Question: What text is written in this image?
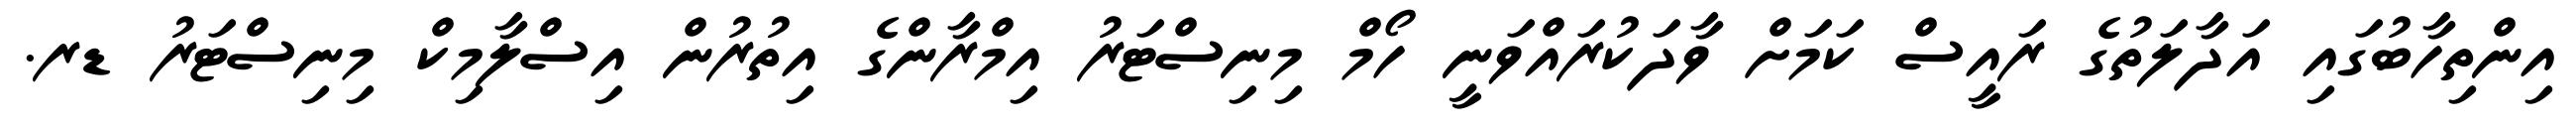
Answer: އިންތިހާބުގައި އަދާލަތުގެ ރައީސް ކަމަށް ވާދަކުރައްވަނީ ހޯމް މިނިސްޓަރު އިމްރާންގެ އިތުރުން އިސްލާމިކް މިނިސްޓަރު ޑރ.